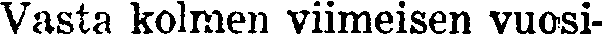
Vasta kolmen viimeisen vuosi-